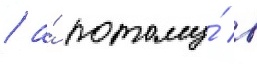
/ а́ потому́ в